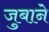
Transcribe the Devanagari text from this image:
जुबाने